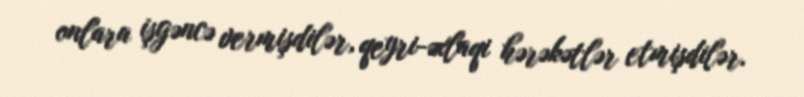
onlara işgəncə vermişdilər, qeyri-əxlaqi hərəkətlər etmişdilər.